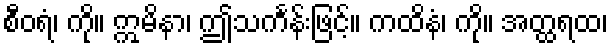
စီဝရံ၊ ကို။ ဣမိနာ၊ ဤသင်္ကန်းဖြင့်။ ကထိနံ၊ ကို။ အတ္ထရထ၊